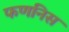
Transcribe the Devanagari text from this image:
फणनिस